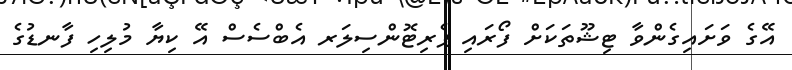
އޭގެ ވަށައިގެންވާ ޓިޝޫތަކަށް ފޯރައި ޕެރިޓޮންސިލަރ އެބްސެސް އޭ ކިޔާ މުލިހި ފާނޑުގެ